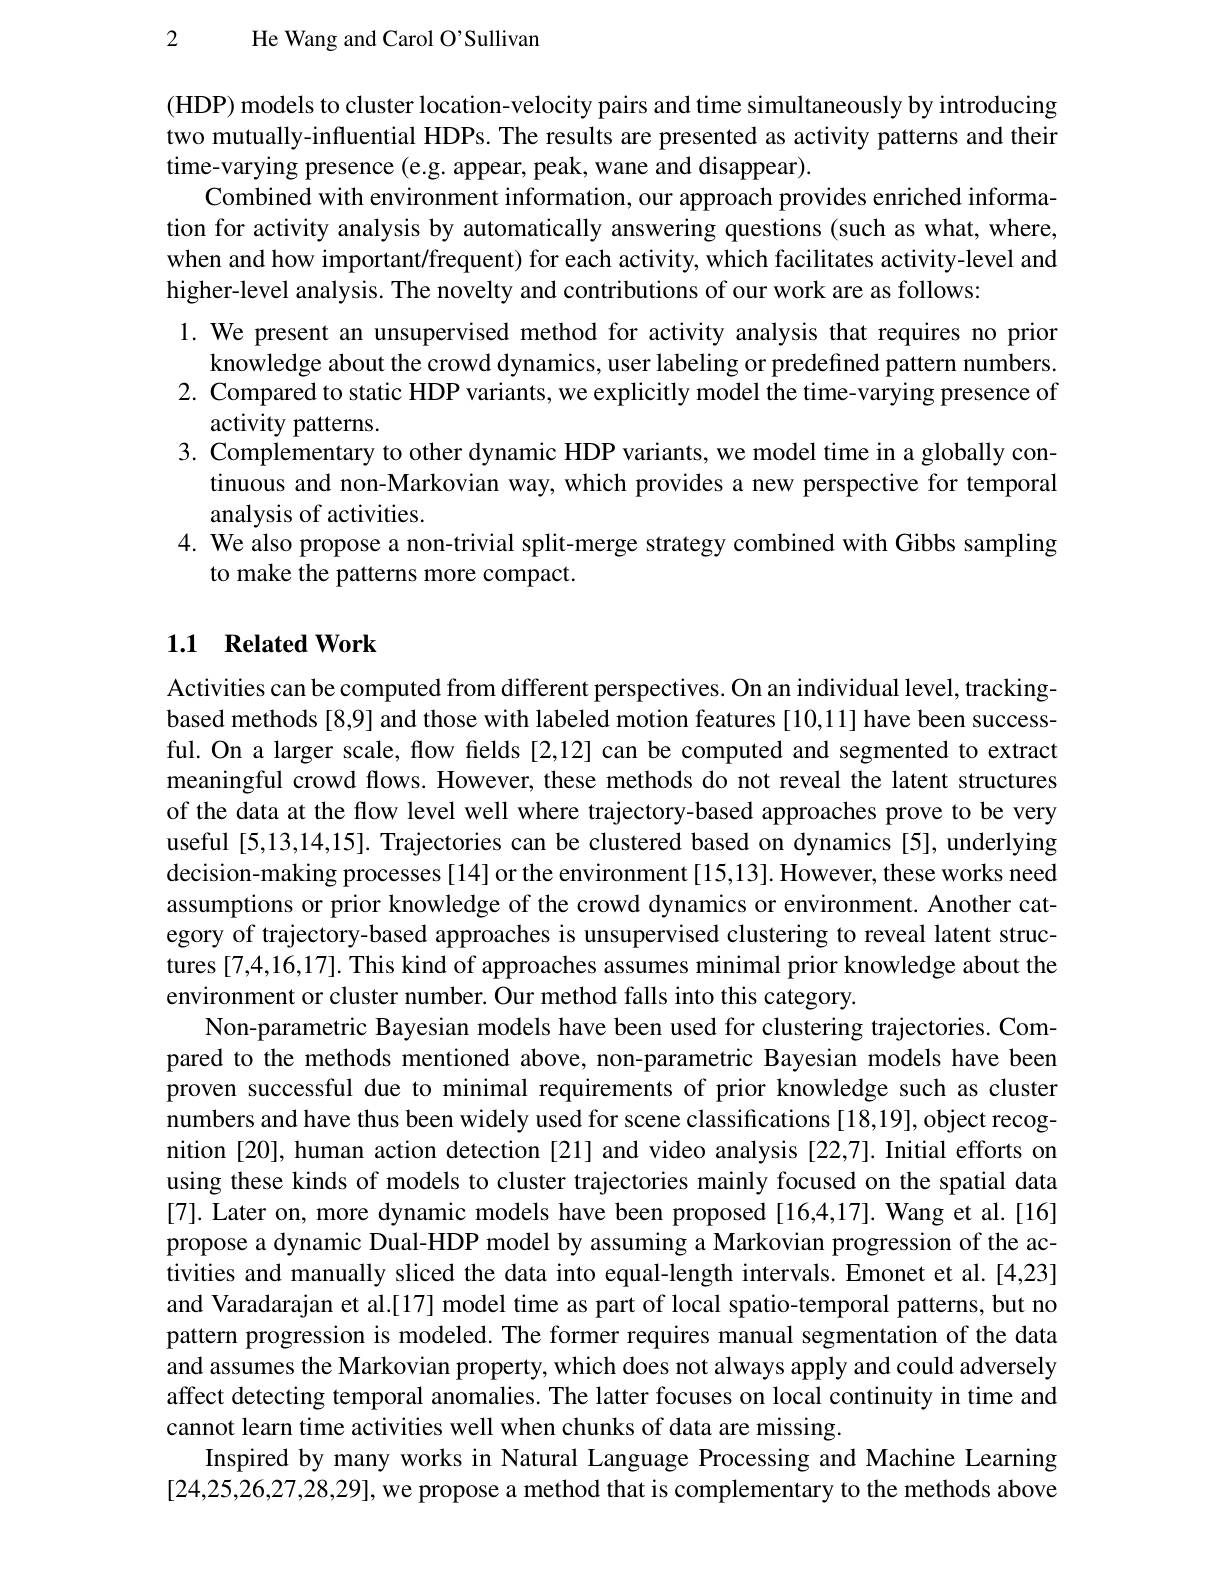
2 He Wang and Carol O'Sullivan

(HDP) models to cluster location-velocity pairs and time simultaneously by introducing two mutually-influential HDPs. The results are presented as activity patterns and their time-varying presence (e.g. appear, peak, wane and disappear).
Combined with environment information, our approach provides enriched information for activity analysis by automatically answering questions (such as what, where, when and how important/frequent) for each activity, which facilitates activity-level and higher-level analysis. The novelty and contributions of our work are as follows:
1. We present an unsupervised method for activity analysis that requires no prior
knowledge about the crowd dynamics, user labeling or predefined pattern numbers. 2. Compared to static HDP variants, we explicitly model the time-varying presence of
activity patterns.
3. Complementary to other dynamic HDP variants, we model time in a globally con-
tinuous and non-Markovian way, which provides a new perspective for temporal
analysis of activities.
4. We also propose a non-trivial split-merge strategy combined with Gibbs sampling
to make the patterns more compact.

## 1.1 Related Work

Activities can be computed from different perspectives. On an individual level, trackingbased methods [8,9] and those with labeled motion features [10,11] have been successful. On a larger scale, flow fields [2,12] can be computed and segmented to extract meaningful crowd flows. However, these methods do not reveal the latent structures of the data at the flow level well where trajectory-based approaches prove to be very useful [5,13,14,15]. Trajectories can be clustered based on dynamics [5], underlying decision-making processes[14] or the environment[15,13]. However, these works need assumptions or prior knowledge of the crowd dynamics or environment. Another category of trajectory-based approaches is unsupervised clustering to reveal latent structures [7,4,16,17]. This kind of approaches assumes minimal prior knowledge about the environment or cluster number. Our method falls into this category.
Non-parametric Bayesian models have been used for clustering trajectories. Compared to the methods mentioned above, non-parametric Bayesian models have been proven successful due to minimal requirements of prior knowledge such as cluster numbers and have thus been widely used for scene classifications [18,19], object recognition [20], human action detection [21] and video analysis [22,7]. Initial efforts on using these kinds of models to cluster trajectories mainly focused on the spatial data [7]. Later on, more dynamic models have been proposed [16,4,17]. Wang et al.[16] propose a dynamic Dual-HDP model by assuming a Markovian progression of the activities and manually sliced the data into equal-length intervals. Emonet et al.[4,23] and Varadarajan et al.[17] model time as part of local spatio-temporal patterns, but no pattern progression is modeled. The former requires manual segmentation of the data and assumes the Markovian property, which does not always apply and could adversely affect detecting temporal anomalies. The latter focuses on local continuity in time and cannot learn time activities well when chunks of data are missing.
Inspired by many works in Natural Language Processing and Machine Learning [24,25,26,27,28,29], we propose a method that is complementary to the methods above